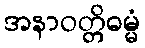
အနာဝတ္တိဓမ္မံ